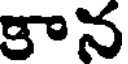
కాన